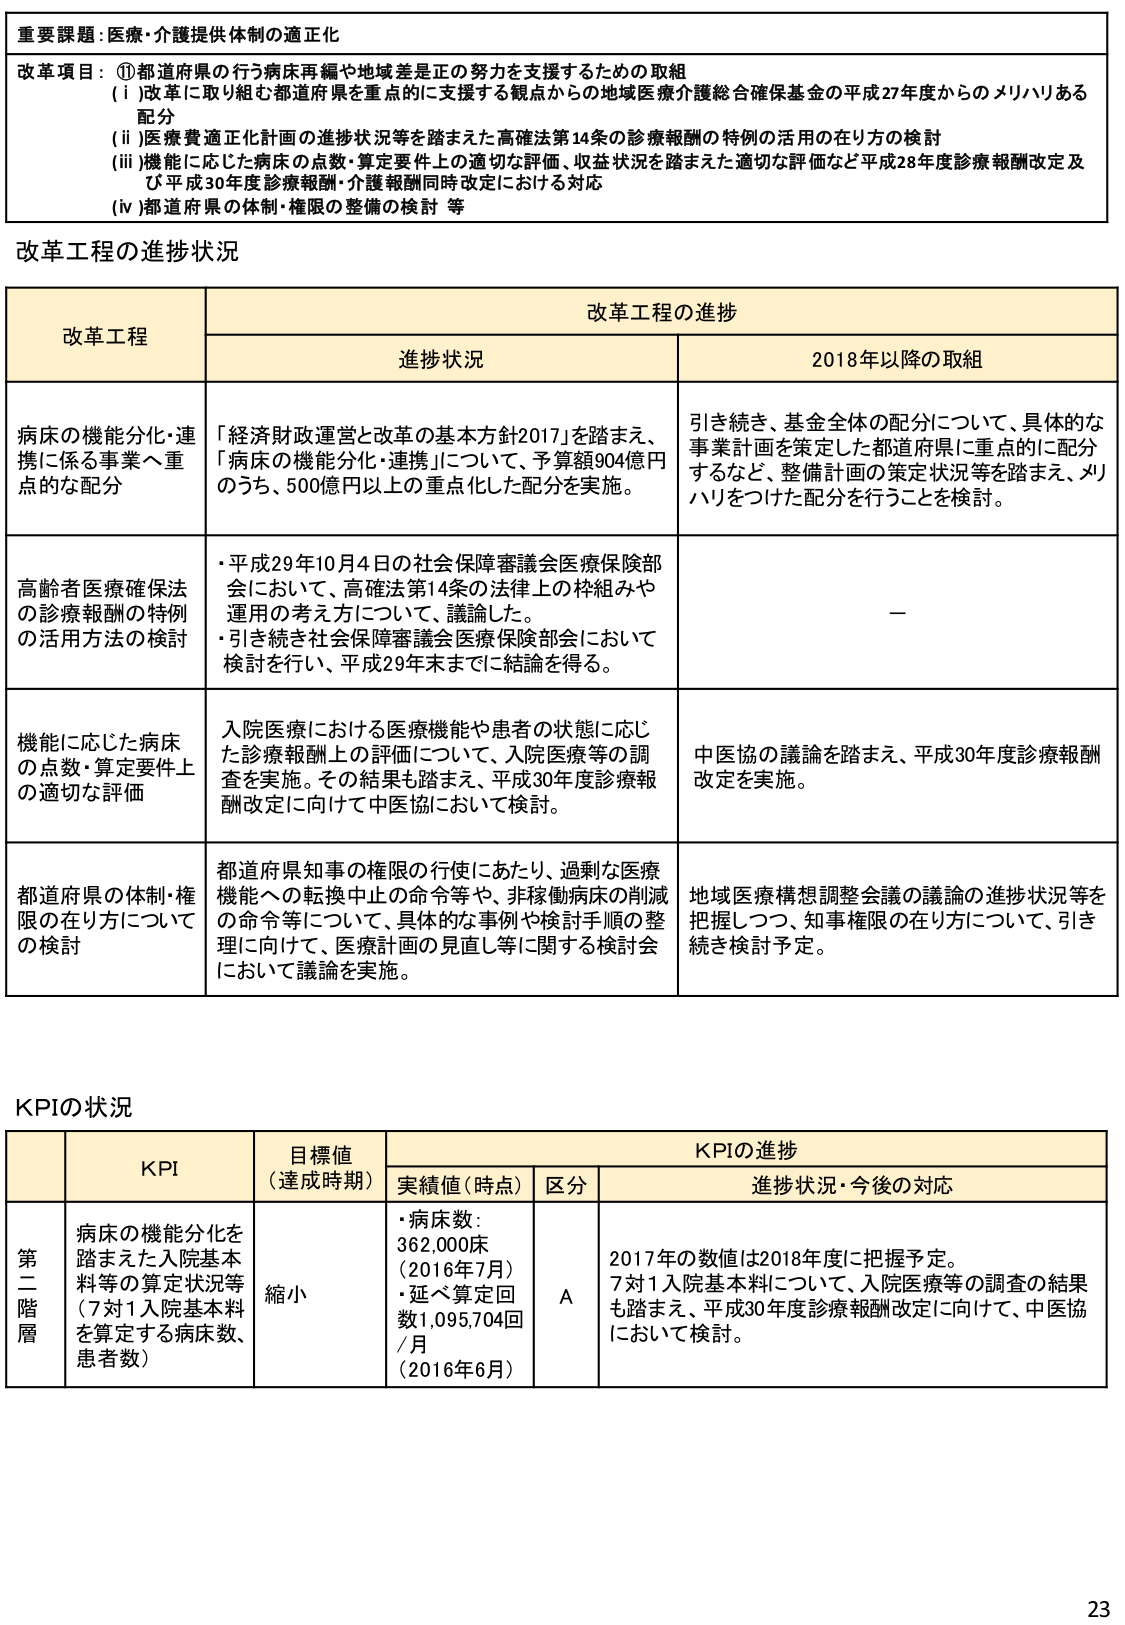
重要課題：医療・介護提供体制の適正化

改革項目：①都道府県の行う病床再編や地域差是正の努力を支援するための取組
（ⅰ）改革に取り組む都道府県を重点的に支援する観点からの地域医療介護総合確保基金の平成27年度からのメリハリある配分
（ⅱ）医療費適正化計画の進捗状況等を踏まえた高確法第14条の診療報酬の特例の活用の在り方の検討
（ⅲ）機能に応じた病床の点数・算定要件上の適切な評価、収益状況を踏まえた適切な評価など平成28年度診療報酬改定及び平成30年度診療報酬・介護報酬同時改定における対応
（ⅳ）都道府県の体制・権限の整備の検討 等

改革工程の進捗状況

改革工程